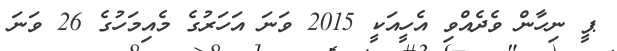
ޕީ ނިހާން ވެދެއްވި އެހީއަކީ 2015 ވަނަ އަހަރުގެ މެއިމަހުގެ 26 ވަނަ